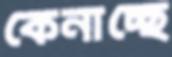
কেনাচ্ছে